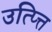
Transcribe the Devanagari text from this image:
उत्प्त्ति